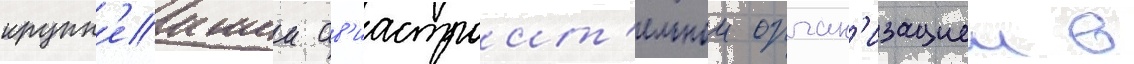
крупн'еишеи ав'иастроит'ельнои орган'изациеи в